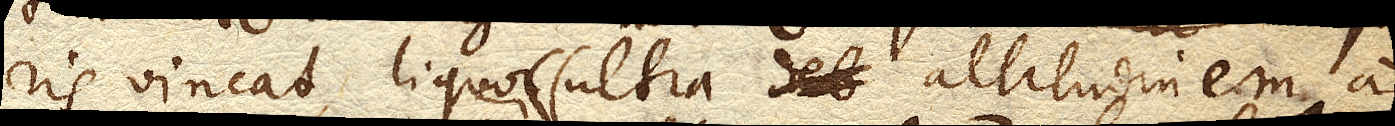
ris vincat, liquor (ultra altitudinem a